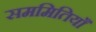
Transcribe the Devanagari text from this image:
सममितियाँ